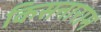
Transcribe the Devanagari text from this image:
किसनाराम